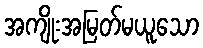
အကျိုးအမြတ်မယူသော